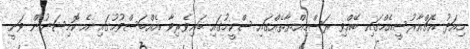
މިއަދު އެޗްއާރުސީއެމްގައި ބޭއްވި ރަސްމިއްޔާތެއްގައި ސްކީމުގައި ބައިވެރިވާ އެއްބަސްވުމުގައި އެ ކޮމިޝަނުން ވަނީ